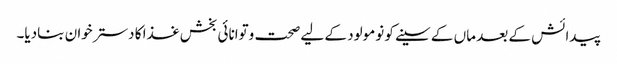
پیدائش کے بعد ماں کے سینے کو نومولود کے لیے صحت وتوانائی بخش غذا کا دسترخوان بنادیا۔